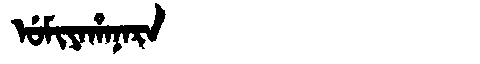
Manchu: ᡠᠮᡳᠶᠠᡥᠠᠨᠠᡵᠠ
Romanization: UMIYAHANARA